Plague in India, 1896, 1897 - Volume 3
Year: 1896
Disease focus: Plague
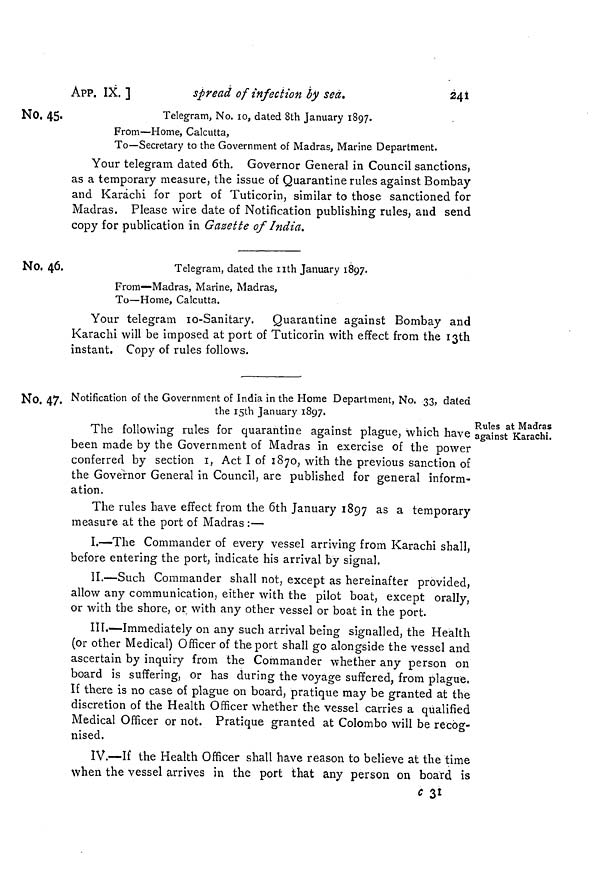
APP. IX.]
spread of infection by sea.
241
No. 45.
Telegram, No. 10, dated 8th January 1897.
From—Home, Calcutta,
To—Secretary to the Government of Madras, Marine Department.
Your telegram dated 6th. Governor General in Council sanctions,
as a temporary measure, the issue of Quarantine rules against Bombay
and Karachi for port of Tuticorin, similar to those sanctioned for
Madras. Please wire date of Notification publishing rules, and send
copy for publication in Gazette of India.
No. 46.
Telegram, dated the nth January 1897.
From—Madras, Marine, Madras,
To—Home, Calcutta.
Your telegram 10-Sanitary. Quarantine against Bombay and
Karachi will be imposed at port of Tuticorin with effect from the 13th
instant. Copy of rules follows.
No. 47. Notification of the Government of India in the Home Department, No. 33, dated
the 15th January 1897.
Rules at Madras
against Karachi.
The following rules for quarantine against plague, which have ,
been made by the Government of Madras in exercise of the power
conferred by section I, Act I of 1870, with the previous sanction of
the Governor General in Council, are published for general inform-
ation.
The rules have effect from the 6th January 1897 as a temporary
measure at the port of Madras :—
I.—The Commander of every vessel arriving from Karachi shall,
before entering the port, indicate his arrival by signal.
II.—Such Commander shall not, except as hereinafter provided,
allow any communication, either with the pilot boat, except orally,
or with the shore, or with any other vessel or boat in the port.
III.—Immediately on any such arrival being signalled, the Health
(or other Medical) Officer of the port shall go alongside the vessel and
ascertain by inquiry from the Commander whether any person on
board is suffering, or has during the voyage suffered, from plague,
If there is no case of plague on board, pratique may be granted at the
discretion of the Health Officer whether the vessel carries a qualified
Medical Officer or not. Pratique granted at Colombo will be recog-
nised.
IV.—If the Health Officer shall have reason to believe at the time
when the vessel arrives in the port that any person on board is
c 31